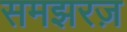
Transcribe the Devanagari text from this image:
समझरज़